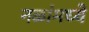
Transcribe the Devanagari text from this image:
नळांमध्ये